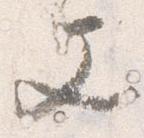
文